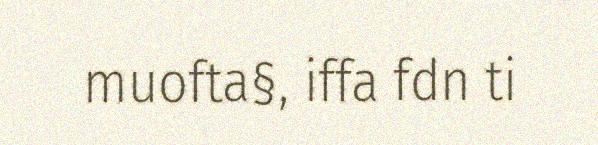
muofta§, iffa fdn ti